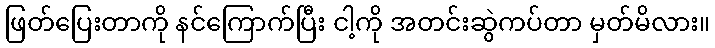
ဖြတ်ပြေးတာကို နင်ကြောက်ပြီး ငါ့ကို အတင်းဆွဲကပ်တာ မှတ်မိလား။